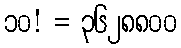
၁၀! = ၃၆၂၈၈၀၀